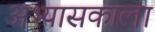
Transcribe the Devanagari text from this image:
अभ्यासकाला